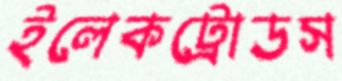
ইলেকট্রোডস